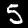
Digit: 5